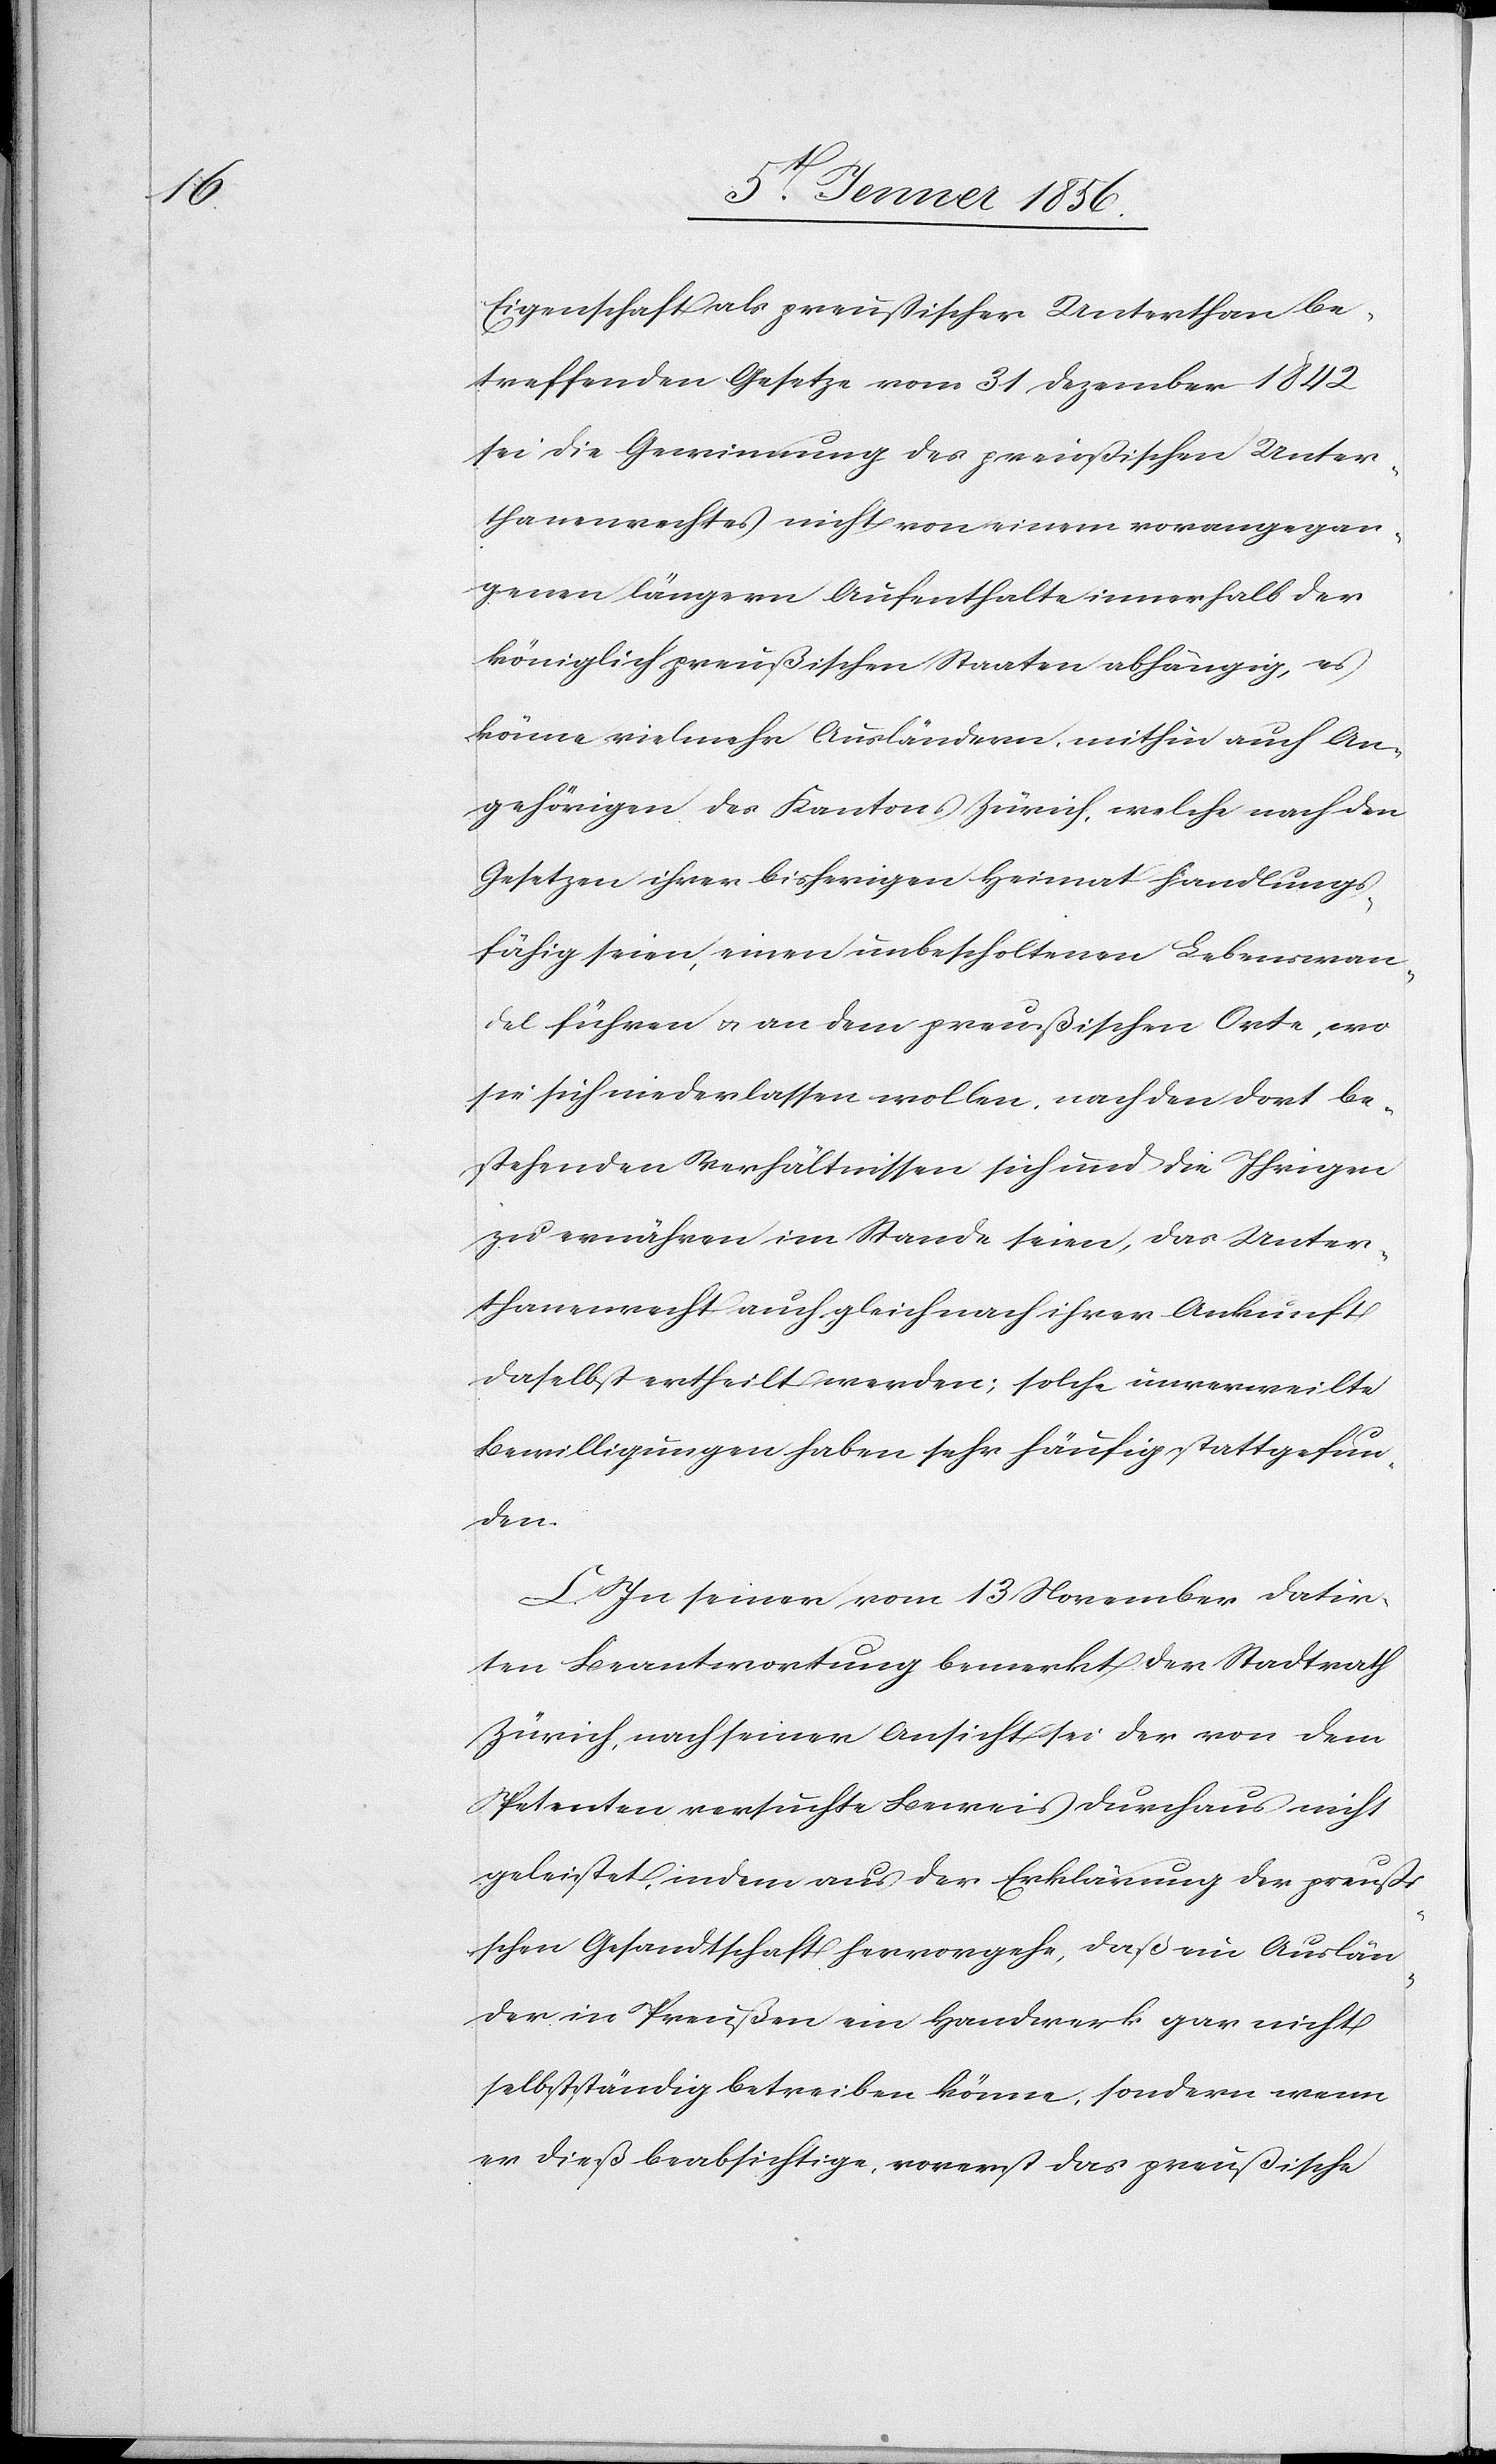
Eigenschaft als preußischer Unterthan be¬
treffenden Gesetze vom 31 Dezember 1842
sei die Gewinnung des preußischen Unter¬
thanenrechtes nicht von einem vorangegan¬
genen längern Aufenthalte innerhalb der
königlich preußischen Staaten abhängig, es
könne vielmehr Ausländern, mithin auch An¬
gehörigen des Kantons Zürich, welche nach den
Gesetzen ihrer bisherigen Heimat handlungs¬
fähig seien, einen unbescholtenen Lebenswan¬
del führen u. an dem preußischen Orte, wo
sie sich niederlassen wollen, nach den dort be¬
stehenden Verhältnissen sich und die Ihrigen
zu ernähren im Stande seien, das Unter¬
thanenrecht auch gleich nach ihrer Ankunft
daselbst ertheilt werden; solche unverweilte
Bewilligungen haben sehr häufig stattgefun¬
den.
C. In seiner vom 13 November datir¬
ten Beantwortung bemerkt der Stadtrath
Zürich, nach seiner Ansicht sei der von dem
Petenten versuchte Beweis durchaus nicht
geleistet, indem aus der Erklärung der preuß¬
ischen Gesandtschaft hervorgehe, daß ein Auslän¬
der in Preußen ein Handwerk gar nicht
selbstständig betreiben könne, sondern wenn
er dieß beabsichtige, vorerst das preußische